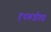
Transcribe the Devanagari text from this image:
हथकड़ीबद्ध